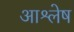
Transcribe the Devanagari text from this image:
आश्लेष